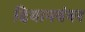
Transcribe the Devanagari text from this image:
दियानवंबर